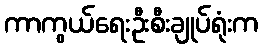
ကာကွယ်ရေးဦးစီးချုပ်ရုံးက